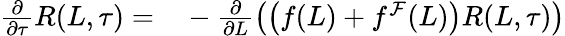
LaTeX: \begin{array}{rl}{\frac{\partial}{\partial\tau}R(L,\tau)=}&{{}-\frac{\partial}{\partial L}\left(\left(f(L)+f^{\mathcal{F}}(L)\right)R(L,\tau)\right)}\end{array}